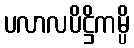
ပလာလပိဋ္ဌိကမ္ပိ